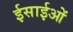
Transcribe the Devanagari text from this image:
ईसाईओं